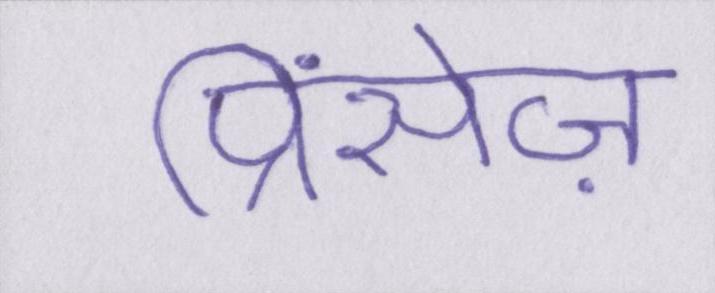
प्रिंसेज़